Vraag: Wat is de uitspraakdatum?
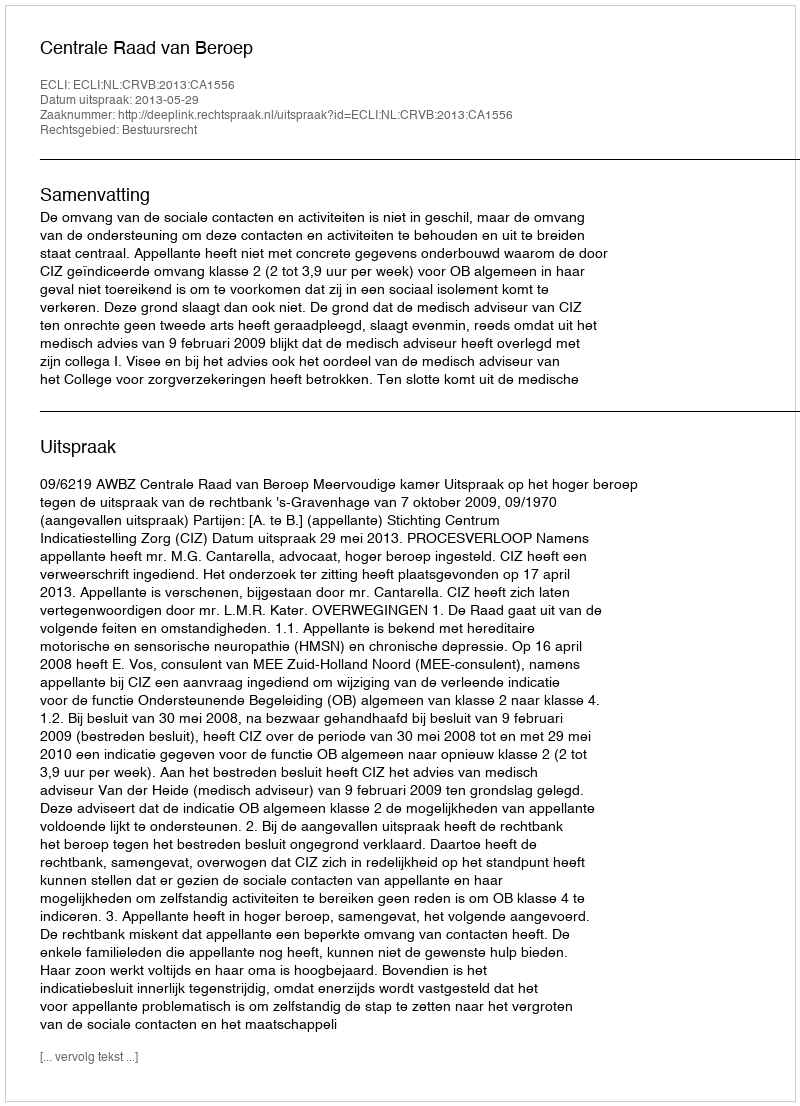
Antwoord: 2013-05-29